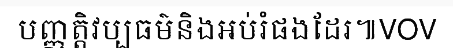
បញ្ញត្តិវប្បធម៌និងអប់រំផងដែរ៕VOV